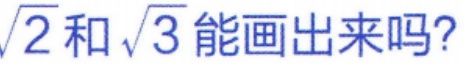
$\sqrt{2}$和$\sqrt{3}$能画出来吗？